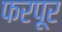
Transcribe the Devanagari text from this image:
फरपूर